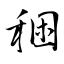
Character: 稇